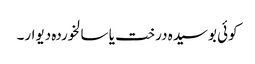
کوئی بوسیدہ درخت یا سالخوردہ دیوار۔